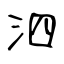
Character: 泗